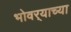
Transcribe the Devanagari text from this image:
भोवर्‍याच्या